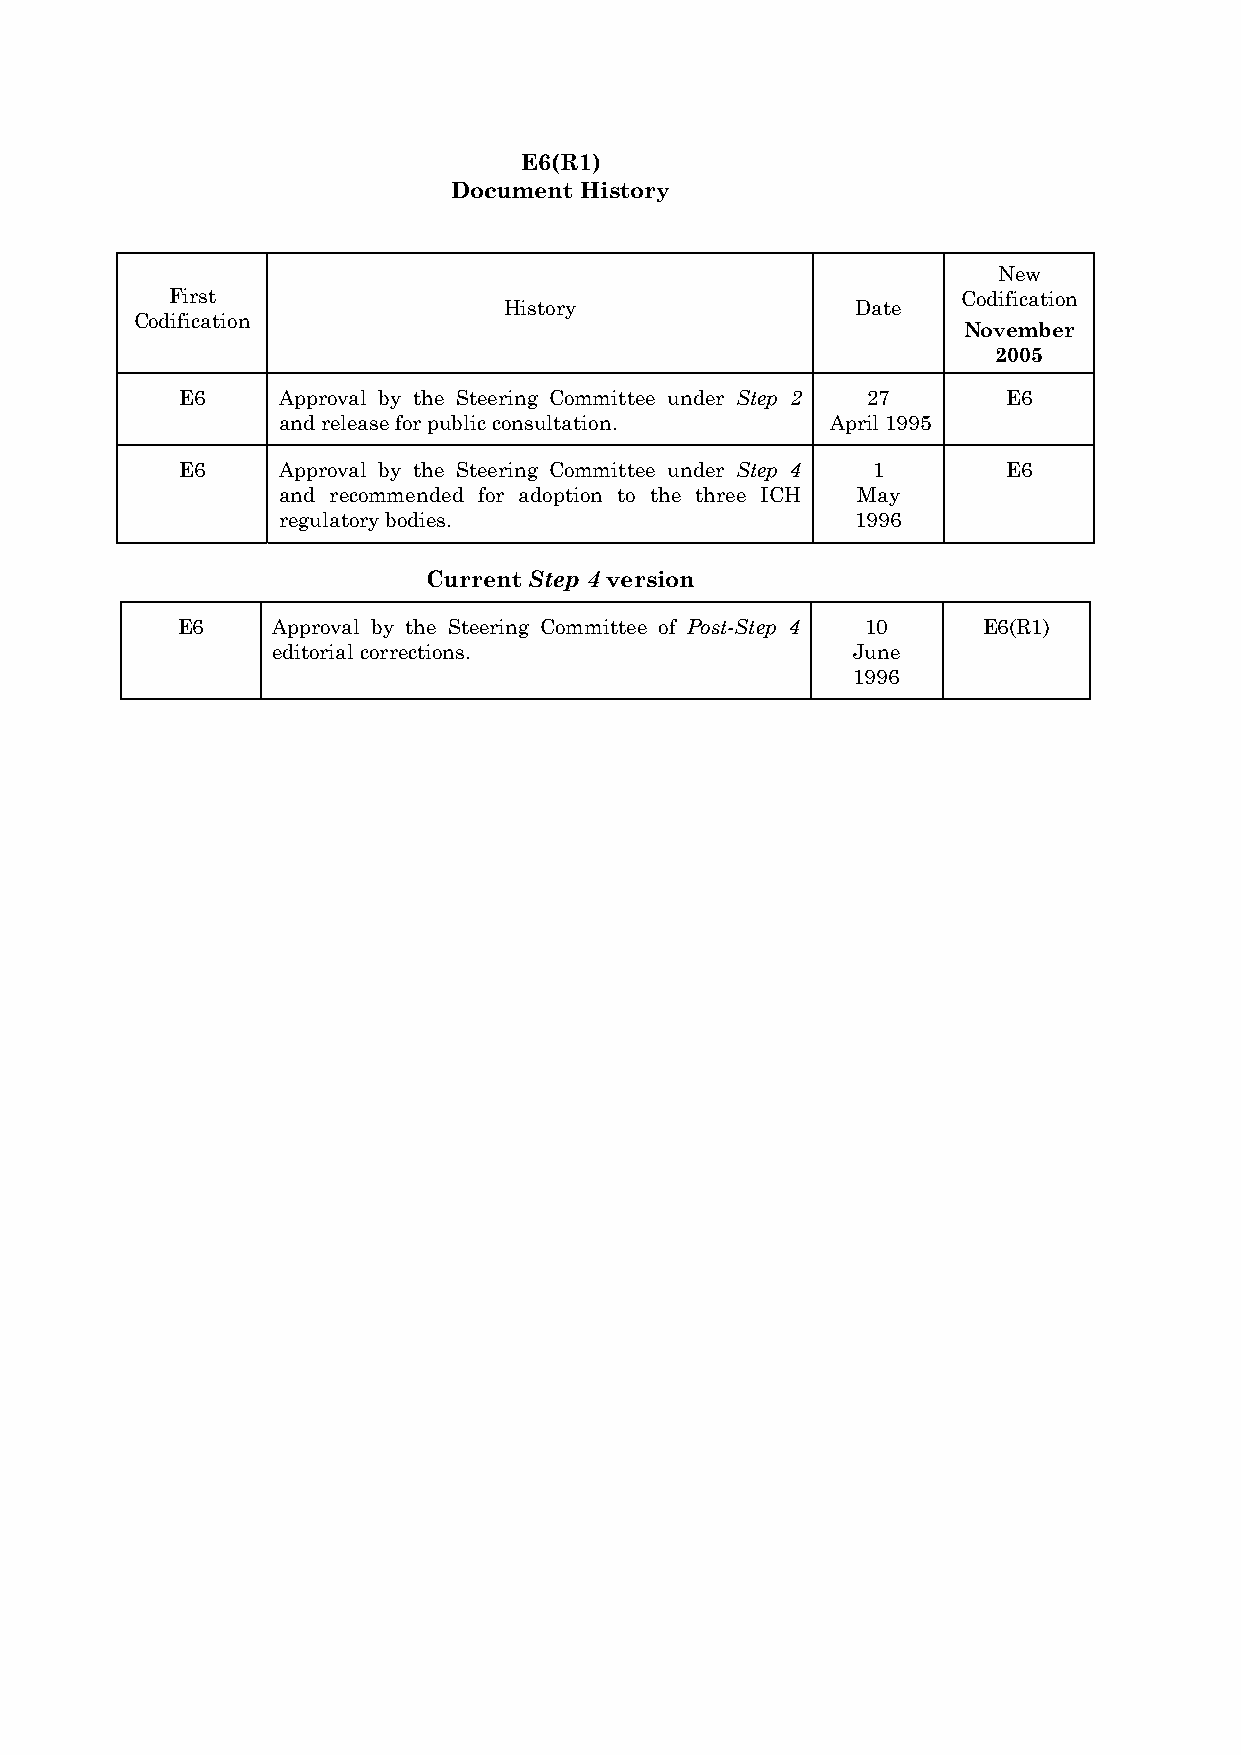
E6(R1)
 Document History
 New
 First                                                Codification
 History                 Date
 Codification
 November
 2005
 E6    Approval by the Steering Committee under Step 2 27 E6
 and release for public consultation. April 1995
 E6    Approval by the Steering Committee under Step 4 1 E6
 and recommended for adoption to the three ICH May
 regulatory bodies.                     1996
 Current Step 4 version
 E6    Approval by the Steering Committee of Post-Step 4 10 E6(R1)
 editorial corrections.                June
 1996